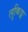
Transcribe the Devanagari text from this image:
लुकिङ्ग